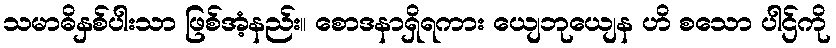
သမာဓိနှစ်ပါးသာ ဖြစ်အံ့နည်း။ စောဒနာရှိရကား ယျေဘုယျေန ဟိ စသော ပါဌ်ကို